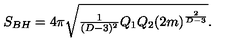
S _ { B H } = 4 \pi \sqrt { { \textstyle { \frac { 1 } { ( D - 3 ) ^ { 2 } } } } Q _ { 1 } Q _ { 2 } { ( 2 m ) } ^ { \frac { 2 } { D - 3 } } } .